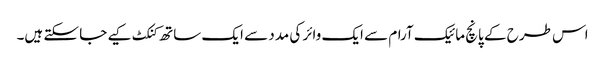
اس طرح کے پانچ مائیک آرام سے ایک وائر کی مدد سے ایک ساتھ کنکٹ کیے جا سکتے ہیں۔